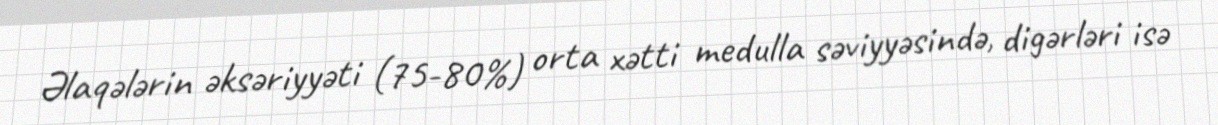
Əlaqələrin əksəriyyəti (75-80%) orta xətti medulla səviyyəsində, digərləri isə